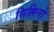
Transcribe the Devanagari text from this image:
सिल्लिनो